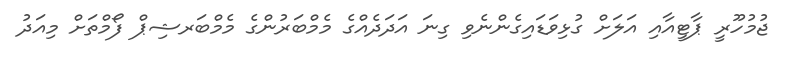
ޖުމުހޫރީ ޕާޓީއާއި އަލަށް ގުޅިވަޑައިގެންނެވި ގިނަ އަދަދެއްގެ މެމްބަރުންގެ މެމްބަރޝިޕް ފޯމްތަށް މިއަދު